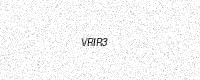
Text: VRIR3